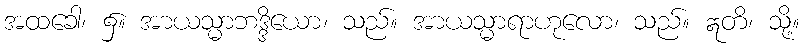
အထခေါ၊ ၌။ အာယသ္မာဘဒ္ဒိယော၊ သည်။ အာယသ္မာရာဟုလော၊ သည်။ ဣတိ၊ သို့။